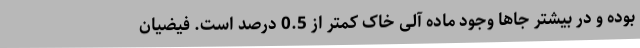
بوده و در بیشتر جاها وجود ماده آلی خاک کمتر از 0.5 درصد است. فیضیان